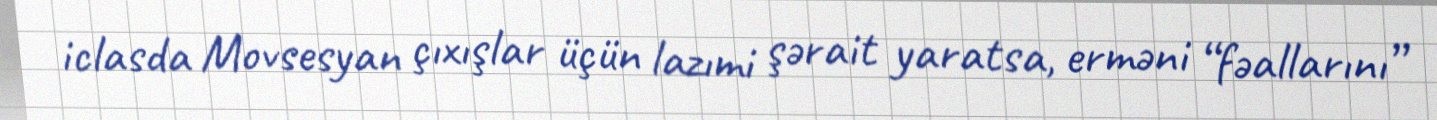
iclasda Movsesyan çıxışlar üçün lazımi şərait yaratsa, erməni “fəallarını”